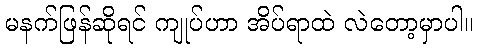
မနက်ဖြန်ဆိုရင် ကျုပ်ဟာ အိပ်ရာထဲ လဲတော့မှာပါ။